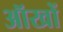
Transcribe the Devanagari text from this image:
ऑखों